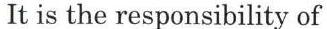
It is the responsibility of